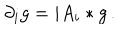
\partial _ { i } g = i A _ { i } * g \, .